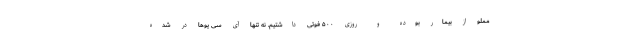
مملو از بیمار بوده و روزی ۵۰۰ فوتی داشتیم. نه تنها آی سی یوها در شده